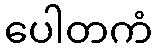
ပေါတကံ